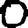
Digit: 0